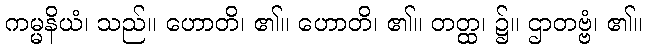
ကမ္မနိယံ၊ သည်။ ဟောတိ၊ ၏။ ဟောတိ၊ ၏။ တတ္ထ၊ ၌။ ဌာတဗ္ဗံ၊ ၏။